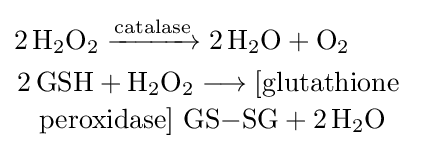
{\begin{aligned}&{2\,\mathrm {H} {\vphantom {A}}_{\smash[{t}]{2}}\mathrm {O} {\vphantom {A}}_{\smash[{t}]{2}}{}\mathrel {\xrightarrow {\text{catalase}} } {}2\,\mathrm {H} {\vphantom {A}}_{\smash[{t}]{2}}\mathrm {O} {}+{}\mathrm {O} {\vphantom {A}}_{\smash[{t}]{2}}}\\&{2\,\mathrm {GSH} {}+{}\mathrm {H} {\vphantom {A}}_{\smash[{t}]{2}}\mathrm {O} {\vphantom {A}}_{\smash[{t}]{2}}{}\mathrel {\longrightarrow } {}[{\text{glutathione}}~ \atop {\text{peroxidase}}]~\mathrm {GS} {-}\mathrm {SG} {}+{}2\,\mathrm {H} {\vphantom {A}}_{\smash[{t}]{2}}\mathrm {O} }\end{aligned}}